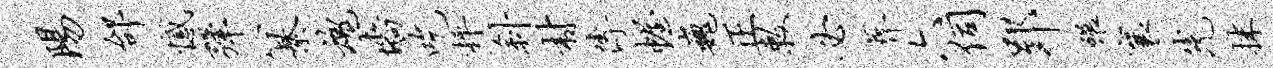
阳邰憾弹纂魂墙吃枰斜村传幄巍正敕必葬六伺郢碾襄光抹